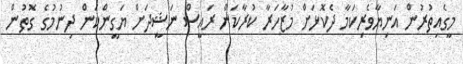
މީގެއިތުރުން އަނިޔާވެރިކަމާ ދެކޮޅަށް މުޒާހަރާ ކުރާކަން ރައީސް ނަޝީދަށް ޔަގީންކަން ދިނުމުގެ ގޮތުން